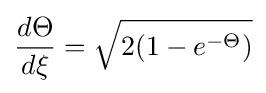
{\frac {d\Theta }{d\xi }}={\sqrt {2(1-e^{-\Theta })}}